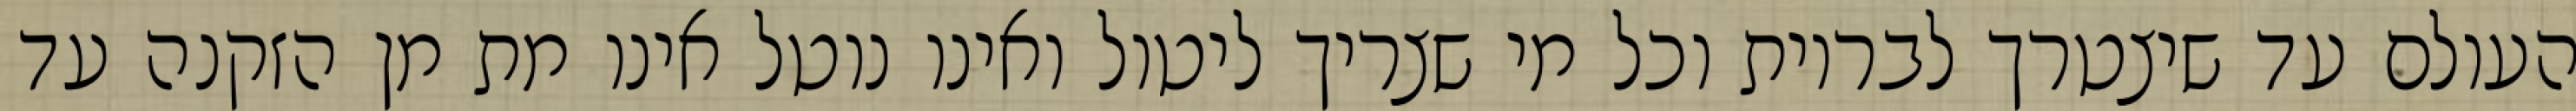
העולם עד שיצטרך לבריות וכל מי שצריך ליטול ואינו נוטל אינו מת מן הזקנה עד